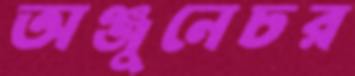
অঞ্জুনেচর